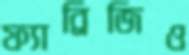
ফ্যাব্রিজিও